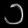
Digit: ၁